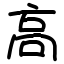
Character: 高